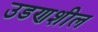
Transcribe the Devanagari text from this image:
उडणशील